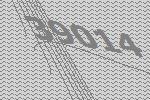
39014